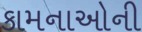
કામનાઓની